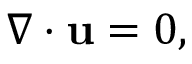
\nabla \cdot \mathbf { u } = 0 ,